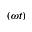
( \omega t )